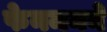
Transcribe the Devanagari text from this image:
फेनमनने